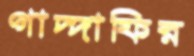
গাদ্দাফির